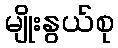
မျိုးနွယ်စု